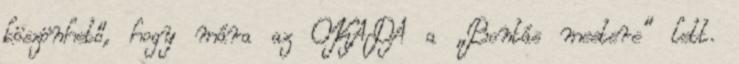
köszönhető, hogy mára az OKADA a „Bontás mestere” lett.